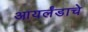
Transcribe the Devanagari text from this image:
आयर्लंडाचे